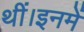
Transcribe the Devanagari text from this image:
थीं।इनमें